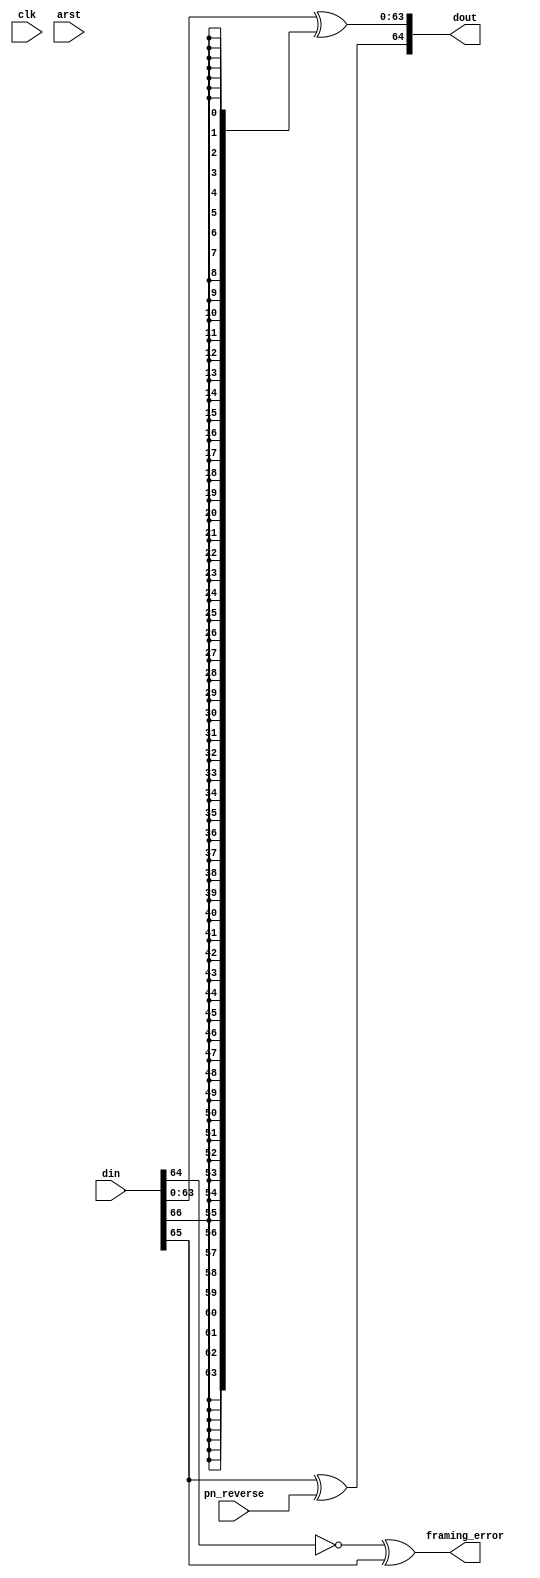
// Copyright 2011 Altera Corporation. All rights reserved.  
// Altera products are protected under numerous U.S. and foreign patents, 
// maskwork rights, copyrights and other intellectual property laws.  
//
// This reference design file, and your use thereof, is subject to and governed
// by the terms and conditions of the applicable Altera Reference Design 
// License Agreement (either as signed by you or found at www.altera.com).  By
// using this reference design file, you indicate your acceptance of such terms
// and conditions between you and Altera Corporation.  In the event that you do
// not agree with such terms and conditions, you may not use the reference 
// design file and please promptly destroy any copies you have made.
//
// This reference design file is being provided on an "as-is" basis and as an 
// accommodation and therefore all warranties, representations or guarantees of 
// any kind (whether express, implied or statutory) including, without 
// limitation, warranties of merchantability, non-infringement, or fitness for
// a particular purpose, are specifically disclaimed.  By making this reference
// design file available, Altera expressly does not recommend, suggest or 
// require that this reference design file be used in combination with any 
// other product not provided by Altera.
/////////////////////////////////////////////////////////////////////////////

`timescale 1 ps / 1 ps

// baeckler - 09-16-2008
// 67 to 64 decoder 

module dec_67_64 (
	input clk, arst,
	input [66:0] din,
	input pn_reverse, 
	output [64:0] dout, // bit 64=1 indicates control word
	output framing_error
);

assign dout[63:0] = din[63:0] ^ {64{din[66]}}; // +/- data
assign dout[64] = din[65] ^ pn_reverse; // 1 for control words
assign framing_error = ~din[64] ^ din[65];

endmodule